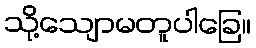
သို့သျောမတူပါခြေ။